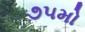
૭૫મો